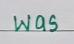
was